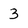
Character: 3